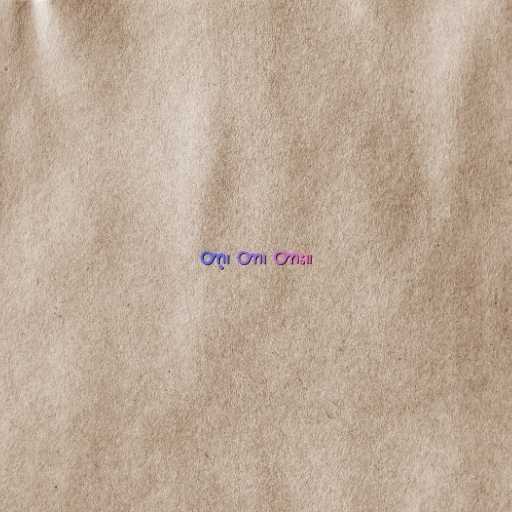
တာ့၊ တာ၊ တား။